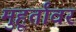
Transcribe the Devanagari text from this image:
मुहूर्तांवर